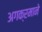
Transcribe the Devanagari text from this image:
अगक्रमाने